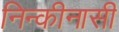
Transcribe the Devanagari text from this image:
निन्कीनासी